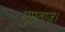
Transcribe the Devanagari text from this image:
मुमताज़।